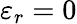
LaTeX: \varepsilon_{r}=0